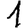
Digit: 1